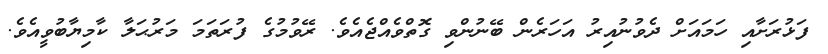
ފަޅުރަށާއި ހަމައަށް ދެވުނުއިރު އަހަރެން ބޭނުންވި ގޮތްވެއްޖެއެވެ. ރޭވުމުގެ ފުރަތަމަ މަރުޙަލާ ކާމިޔާބުވީއެވެ.